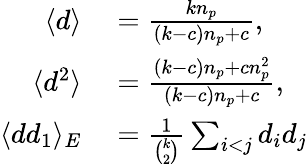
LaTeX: \begin{array}{rl}{\langle d\rangle}&{{}=\frac{kn_{p}}{(k-c)n_{p}+c},}\\ {\langle d^{2}\rangle}&{{}=\frac{(k-c)n_{p}+cn_{p}^{2}}{(k-c)n_{p}+c},}\\ {\langle dd_{1}\rangle_{E}}&{{}=\frac{1}{\binom{k}{2}}\sum_{i<j}d_{i}d_{j}}\end{array}